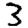
Digit: 3